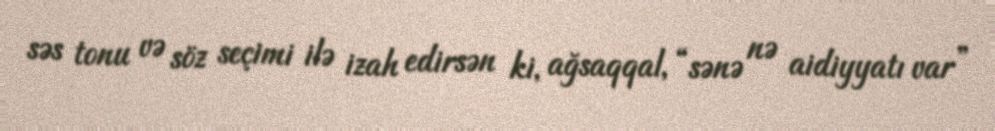
səs tonu və söz seçimi ilə izah edirsən ki, ağsaqqal, “sənə nə aidiyyatı var”